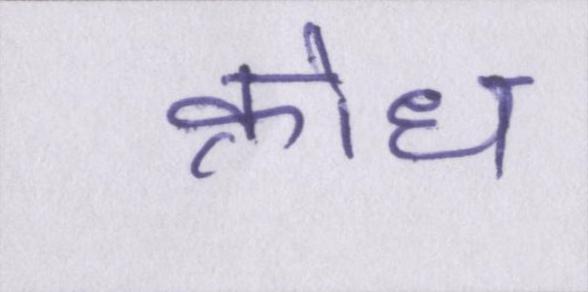
क्रोध